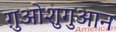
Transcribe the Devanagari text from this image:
ग़ुओशुगुआन